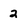
Character: 2